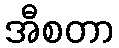
အီစတာ